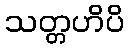
သတ္တဟိပိ